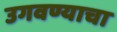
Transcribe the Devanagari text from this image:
उगवण्याचा